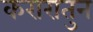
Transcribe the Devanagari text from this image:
करारातुन